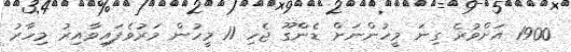
1900 އަށްވުރެ ގިނަ މީހުންނަށް ޑެންގޫ ޖެހި 11 މީހުން މަރުވެފައިވާއިރު މިހާރު